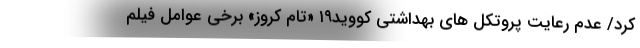
کرد/ عدم رعایت پروتکل های بهداشتی کووید۱۹ «تام کروز» برخی عوامل فیلم